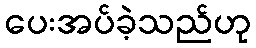
ပေးအပ်ခဲ့သည်ဟု